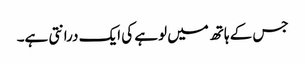
جس کے ہاتھ میں لوہے کی ایک درانتی ہے۔